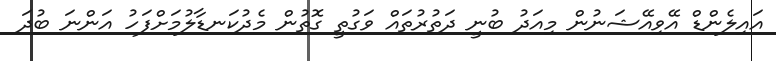
އައިލެންޑް އޭވިއޭޝަނުން މިއަދު ބުނީ ދަތުރުތައް ވަގުތީ ގޮތުން މެދުކަނޑާލުމަށްފަހު އަންނަ ބުދަ